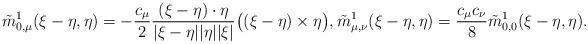
LaTeX: \begin{align*}\tilde{m}_{0,\mu}^{1}(\xi-\eta, \eta) = - \frac{c_{\mu}}{2} \frac{(\xi-\eta)\cdot \eta}{|\xi-\eta| |\eta| |\xi|} \big((\xi-\eta) \times \eta \big), \tilde{m}_{\mu,\nu}^{1}(\xi-\eta, \eta) = \frac{c_{\mu}c_{\nu}}{8} \tilde{m}_{0,0}^{1}(\xi-\eta, \eta).\end{align*}